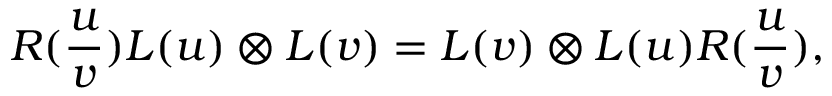
R ( \frac { u } { v } ) L ( u ) \otimes L ( v ) = L ( v ) \otimes L ( u ) R ( \frac { u } { v } ) ,